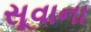
સૂવાના